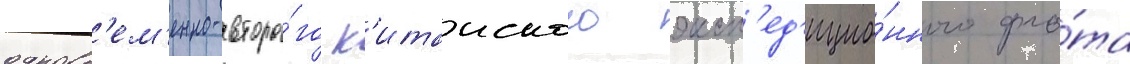
одновр'ем'енно-второ́го к'итаиского эксп'ед'ицио́нного фло́та